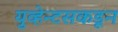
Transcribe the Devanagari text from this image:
युव्हेन्टसकडून